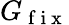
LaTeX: G_{\mathrm{~f~i~x~}}